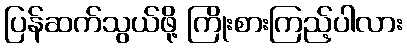
ပြန်ဆက်သွယ်ဖို့ ကြိုးစားကြည့်ပါလား